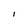
Character: l